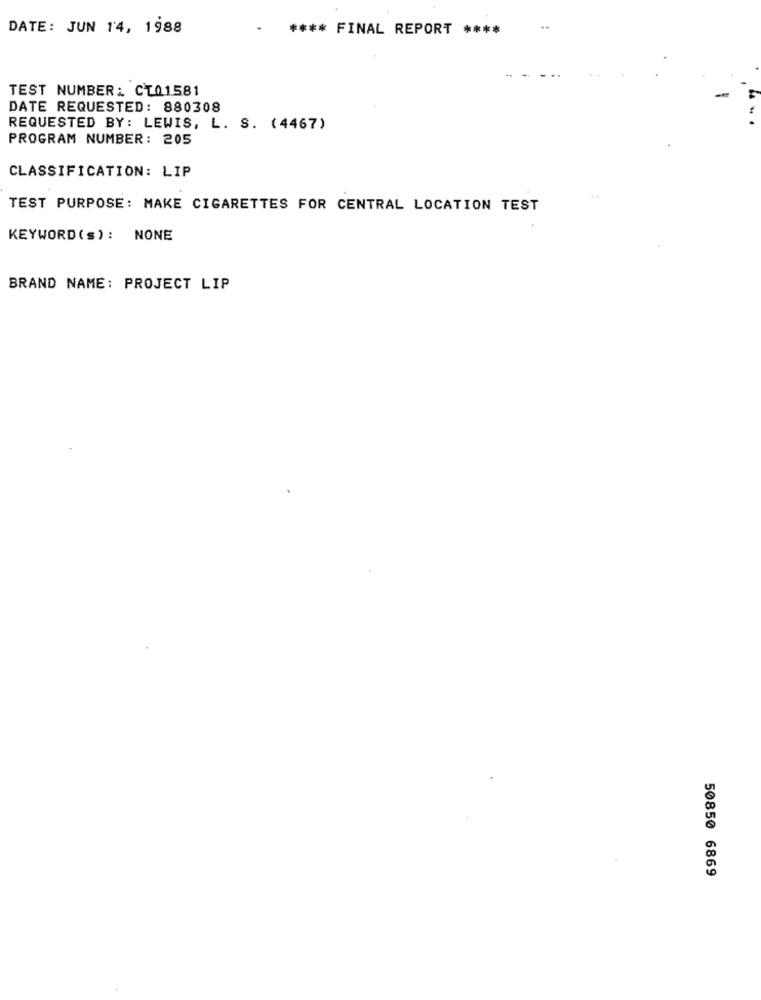
DATE: JUN 14, 1988
**** FINAL REPORT ****
TEST NUMBER: CT01581
DATE REQUESTED: 880308
REQUESTED BY: LEWIS, L. S. (4467)
PROGRAM NUMBER: 205
CLASSIFICATION: LIP
TEST PURPOSE: MAKE CIGARETTES FOR CENTRAL LOCATION TEST
KEYWORD(s): NONE
BRAND NAME: PROJECT LIP
50850 6869